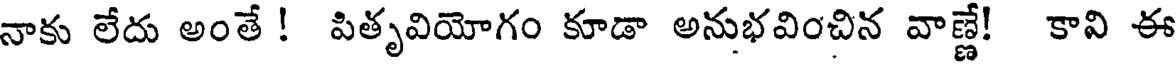
నాకు లేదు అంతే ! పితృవియోగం కూడా అనుభవించిన వాణ్ణే! కావి ఈ